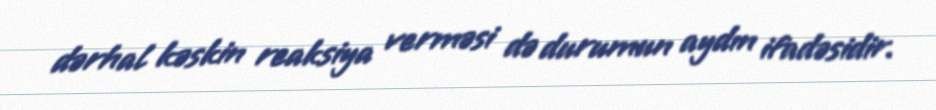
dərhal kəskin reaksiya verməsi də durumun aydın ifadəsidir.